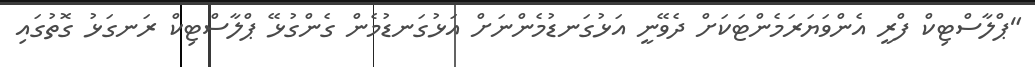
"ޕްލާސްޓިކް ފްރީ އެންވަޔަރަމެންޓަކަށް ދެވޭނީ އަޅުގަނޑުމެންނަށް އަޅުގަނޑުމެން ގެންގުޅޭ ޕްލާސްޓިކް ރަނގަޅު ގޮތުގައި